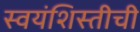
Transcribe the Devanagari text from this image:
स्वयंशिस्तीची